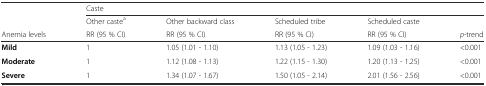
<table><thead><tr><td></td><td colspan="4"><b>Caste</b></td><td></td></tr><tr><td></td><td><b>Other caste<sup>a</sup></b></td><td><b>Other backward class</b></td><td><b>Scheduled tribe</b></td><td><b>Scheduled caste</b></td><td></td></tr><tr><td><b>Anemia levels</b></td><td><b>RR (95 % CI)</b></td><td><b>RR (95 % CI)</b></td><td><b>RR (95 % CI)</b></td><td><b>RR (95 % CI)</b></td><td><b><i>p</i>-trend</b></td></tr></thead><tbody><tr><td><b>Mild</b></td><td>1</td><td>1.05 (1.01 - 1.10)</td><td>1.13 (1.05 - 1.23)</td><td>1.09 (1.03 - 1.16)</td><td>&lt;0.001</td></tr><tr><td><b>Moderate</b></td><td>1</td><td>1.12 (1.08 - 1.13)</td><td>1.22 (1.15 - 1.30)</td><td>1.20 (1.13 - 1.25)</td><td>&lt;0.001</td></tr><tr><td><b>Severe</b></td><td>1</td><td>1.34 (1.07 - 1.67)</td><td>1.50 (1.05 - 2.14)</td><td>2.01 (1.56 - 2.56)</td><td>&lt;0.001</td></tr></tbody></table>